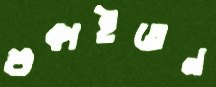
শুকাইতেন